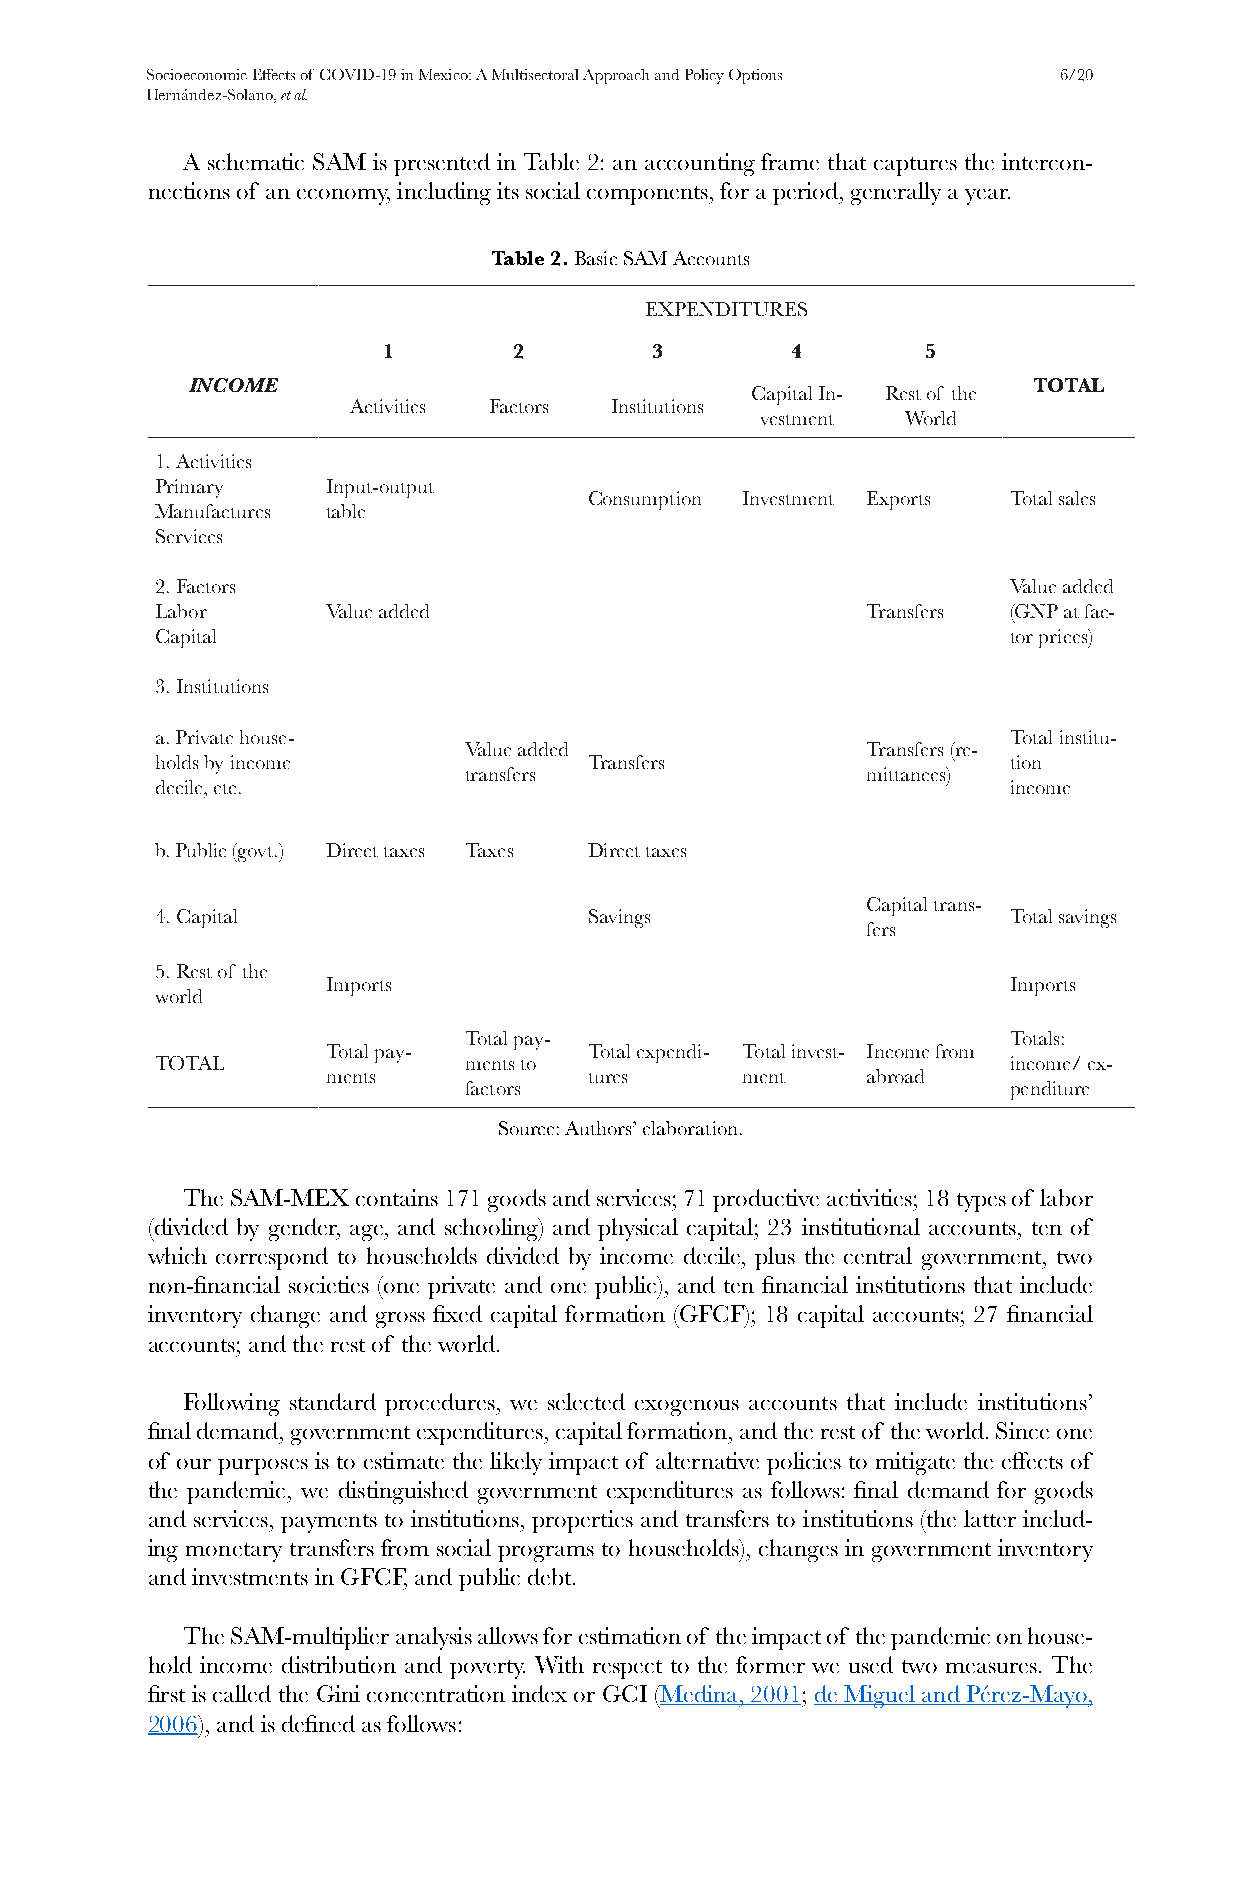
Socioeconomic Effects of COVID-19 in Mexico: A Multisectoral Approach and Policy Options 6/20
 Hernández-Solano, et al.
 A schematic SAM is presented in Table 2: an accounting frame that captures the intercon-
 nections of an economy, including its social components, for a period, generally a year.
 Table 2. Basic SAM Accounts
 EXPENDITURES
 1        2        3        4        5
 INCOME                                                  TOTAL
 Capital In- Rest of the
 Activities Factors Institutions
 vestment  World
 1. Activities
 Primary     Input-output
 Consumption Investment Exports Total sales
 Manufactures table
 Services
 2. Factors                                               Value added
 Labor       Value added                        Transfers (GNP at fac-
 Capital                                                  tor prices)
 3. Institutions
 a. Private house-                                        Total institu-
 Value added               Transfers (re-
 holds by income              Transfers                   tion
 transfers                 mittances)
 decile, etc.                                             income
 b. Public (govt.) Direct taxes Taxes Direct taxes
 Capital trans-
 4. Capital                   Savings                     Total savings
 fers
 5. Rest of the
 Imports                                      Imports
 world
 Total pay-                          Totals:
 Total pay-       Total expendi- Total invest- Income from
 TOTAL                ments to                            income/ ex-
 ments            tures     ment    abroad
 factors                             penditure
 Source: Authors’ elaboration.
 The SAM-MEX contains 171 goods and services; 71 productive activities; 18 types of labor
 (divided by gender, age, and schooling) and physical capital; 23 institutional accounts, ten of
 which correspond to households divided by income decile, plus the central government, two
 non-financial societies (one private and one public), and ten financial institutions that include
 inventory change and gross fixed capital formation (GFCF); 18 capital accounts; 27 financial
 accounts; and the rest of the world.
 Following standard procedures, we selected exogenous accounts that include institutions’
 final demand, government expenditures, capital formation, and the rest of the world. Since one
 of our purposes is to estimate the likely impact of alternative policies to mitigate the effects of
 the pandemic, we distinguished government expenditures as follows: final demand for goods
 and services, payments to institutions, properties and transfers to institutions (the latter includ-
 ing monetary transfers from social programs to households), changes in government inventory
 and investments in GFCF, and public debt.
 The SAM-multiplier analysis allows for estimation of the impact of the pandemic on house-
 hold income distribution and poverty. With respect to the former we used two measures. The
 first is called the Gini concentration index or GCI (Medina, 2001; de Miguel and Pérez-Mayo,
 2006), and is defined as follows: